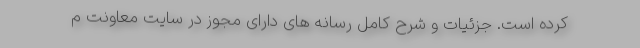
کرده است. جزئیات و شرح کامل رسانه های دارای مجوز در سایت معاونت م